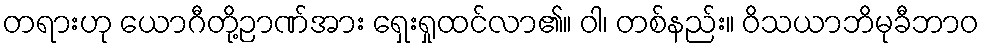
တရားဟု ယောဂီတို့ဉာဏ်အား ရှေးရှုထင်လာ၏။ ဝါ၊ တစ်နည်း။ ဝိသယာဘိမုခီဘာဝ